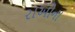
રાઓના